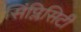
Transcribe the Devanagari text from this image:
सिंप्लिसिटी